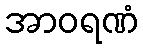
အာဝရဏံ